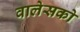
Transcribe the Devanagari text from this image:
वालेसको